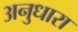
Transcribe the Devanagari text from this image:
अनुधारा